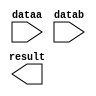
// megafunction wizard: %LPM_MULT%VBB%
// GENERATION: STANDARD
// VERSION: WM1.0
// MODULE: lpm_mult 

// ============================================================
// Megafunction Name(s):
// 			lpm_mult
//
// Simulation Library Files(s):
// 			lpm
// ============================================================
// ************************************************************
// THIS IS A WIZARD-GENERATED FILE. DO NOT EDIT THIS FILE!
//
// 9.0 Build 132 02/25/2009 SJ Full Version
// ************************************************************

//Copyright (C) 1991-2009 Altera Corporation
//Your use of Altera Corporation's design tools, logic functions 
//and other software and tools, and its AMPP partner logic 
//functions, and any output files from any of the foregoing 
//(including device programming or simulation files), and any 
//associated documentation or information are expressly subject 
//to the terms and conditions of the Altera Program License 
//Subscription Agreement, Altera MegaCore Function License 
//Agreement, or other applicable license agreement, including, 
//without limitation, that your use is for the sole purpose of 
//programming logic devices manufactured by Altera and sold by 
//Altera or its authorized distributors.  Please refer to the 
//applicable agreement for further details.

module mult16x16 (
	dataa,
	datab,
	result);

	input	[15:0]  dataa;
	input	[15:0]  datab;
	output	[31:0]  result;

endmodule

// ============================================================
// CNX file retrieval info
// ============================================================
// Retrieval info: PRIVATE: AutoSizeResult NUMERIC "1"
// Retrieval info: PRIVATE: B_isConstant NUMERIC "0"
// Retrieval info: PRIVATE: ConstantB NUMERIC "0"
// Retrieval info: PRIVATE: INTENDED_DEVICE_FAMILY STRING "Cyclone III"
// Retrieval info: PRIVATE: LPM_PIPELINE NUMERIC "0"
// Retrieval info: PRIVATE: Latency NUMERIC "0"
// Retrieval info: PRIVATE: SYNTH_WRAPPER_GEN_POSTFIX STRING "0"
// Retrieval info: PRIVATE: SignedMult NUMERIC "1"
// Retrieval info: PRIVATE: USE_MULT NUMERIC "1"
// Retrieval info: PRIVATE: ValidConstant NUMERIC "0"
// Retrieval info: PRIVATE: WidthA NUMERIC "16"
// Retrieval info: PRIVATE: WidthB NUMERIC "16"
// Retrieval info: PRIVATE: WidthP NUMERIC "32"
// Retrieval info: PRIVATE: aclr NUMERIC "0"
// Retrieval info: PRIVATE: clken NUMERIC "0"
// Retrieval info: PRIVATE: optimize NUMERIC "0"
// Retrieval info: CONSTANT: LPM_HINT STRING "MAXIMIZE_SPEED=5"
// Retrieval info: CONSTANT: LPM_REPRESENTATION STRING "SIGNED"
// Retrieval info: CONSTANT: LPM_TYPE STRING "LPM_MULT"
// Retrieval info: CONSTANT: LPM_WIDTHA NUMERIC "16"
// Retrieval info: CONSTANT: LPM_WIDTHB NUMERIC "16"
// Retrieval info: CONSTANT: LPM_WIDTHP NUMERIC "32"
// Retrieval info: USED_PORT: dataa 0 0 16 0 INPUT NODEFVAL dataa[15..0]
// Retrieval info: USED_PORT: datab 0 0 16 0 INPUT NODEFVAL datab[15..0]
// Retrieval info: USED_PORT: result 0 0 32 0 OUTPUT NODEFVAL result[31..0]
// Retrieval info: CONNECT: @dataa 0 0 16 0 dataa 0 0 16 0
// Retrieval info: CONNECT: result 0 0 32 0 @result 0 0 32 0
// Retrieval info: CONNECT: @datab 0 0 16 0 datab 0 0 16 0
// Retrieval info: LIBRARY: lpm lpm.lpm_components.all
// Retrieval info: GEN_FILE: TYPE_NORMAL mult16x16.v TRUE
// Retrieval info: GEN_FILE: TYPE_NORMAL mult16x16.inc TRUE
// Retrieval info: GEN_FILE: TYPE_NORMAL mult16x16.cmp FALSE
// Retrieval info: GEN_FILE: TYPE_NORMAL mult16x16.bsf TRUE
// Retrieval info: GEN_FILE: TYPE_NORMAL mult16x16_inst.v TRUE
// Retrieval info: GEN_FILE: TYPE_NORMAL mult16x16_bb.v TRUE
// Retrieval info: GEN_FILE: TYPE_NORMAL mult16x16_waveforms.html TRUE
// Retrieval info: GEN_FILE: TYPE_NORMAL mult16x16_wave*.jpg FALSE
// Retrieval info: LIB_FILE: lpm